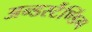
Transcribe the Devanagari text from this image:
अन्डर्स्टैण्डिंग